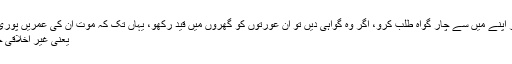
’’تمہاری عورتوں میں سے جو بے حیائی کا کام کریں ان پر اپنے میں سے چار گواہ طلب کرو، اگر وہ گواہی دیں تو ان عورتوں کو گھروں میں قید رکھو، یہاں تک کہ موت ان کی عمریں پوری کر دے، یا اللہ تعالیٰ ان کے لئے کوئی اور راستہ نکالے‘‘
یعنی غیر اخلاقی حرکتوں کی سزا ساری زندگی گھروں میں قید ہو سکتی ہے۔